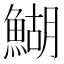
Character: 鰗